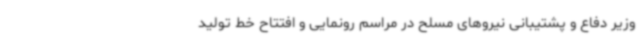
وزیر دفاع و پشتیبانی نیروهای مسلح در مراسم رونمایی و افتتاح خط تولید